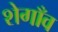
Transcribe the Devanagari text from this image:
शेगाँव